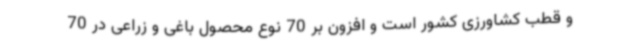
و قطب کشاورزی کشور است و افزون بر 70 نوع محصول باغی و زراعی در 70